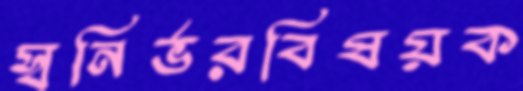
স্বনির্ভরবিষয়ক